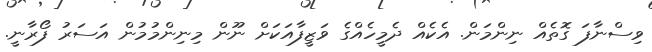
ވިސްނާފަ ގޮތެއް ނިންމަން. އެކެއް ދެމީހެއްގެ ވަޒީފާއަކަށް ނޫން މިނިންމުމުން އަސަރު ފޯރާނީ.